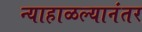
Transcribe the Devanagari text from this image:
न्याहाळल्यानंतर